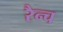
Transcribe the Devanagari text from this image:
रैन्च